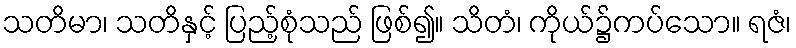
သတိမာ၊ သတိနှင့် ပြည့်စုံသည် ဖြစ်၍။ သိတံ၊ ကိုယ်၌ကပ်သော။ ရဇံ၊